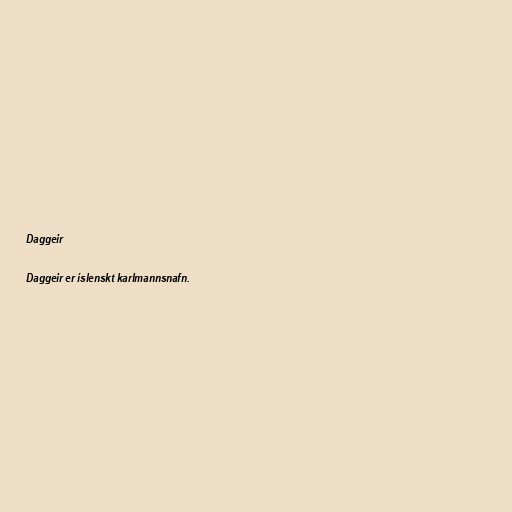
Daggeir

Daggeir er íslenskt karlmannsnafn.